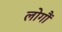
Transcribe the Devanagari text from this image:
लोगौं